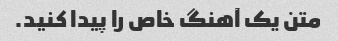
متن یک آهنگ خاص را پیدا کنید.